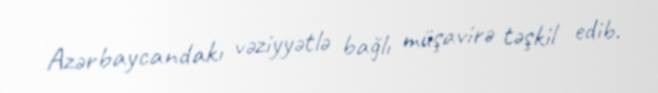
Azərbaycandakı vəziyyətlə bağlı müşavirə təşkil edib.